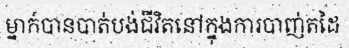
ម្នាក់បានបាត់បង់ជីវិតនៅក្នុងការបាញ់តដៃ